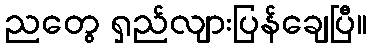
ညတွေ ရှည်လျားပြန်ချေပြီ။